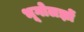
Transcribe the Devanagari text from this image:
भूगोलज्ञों